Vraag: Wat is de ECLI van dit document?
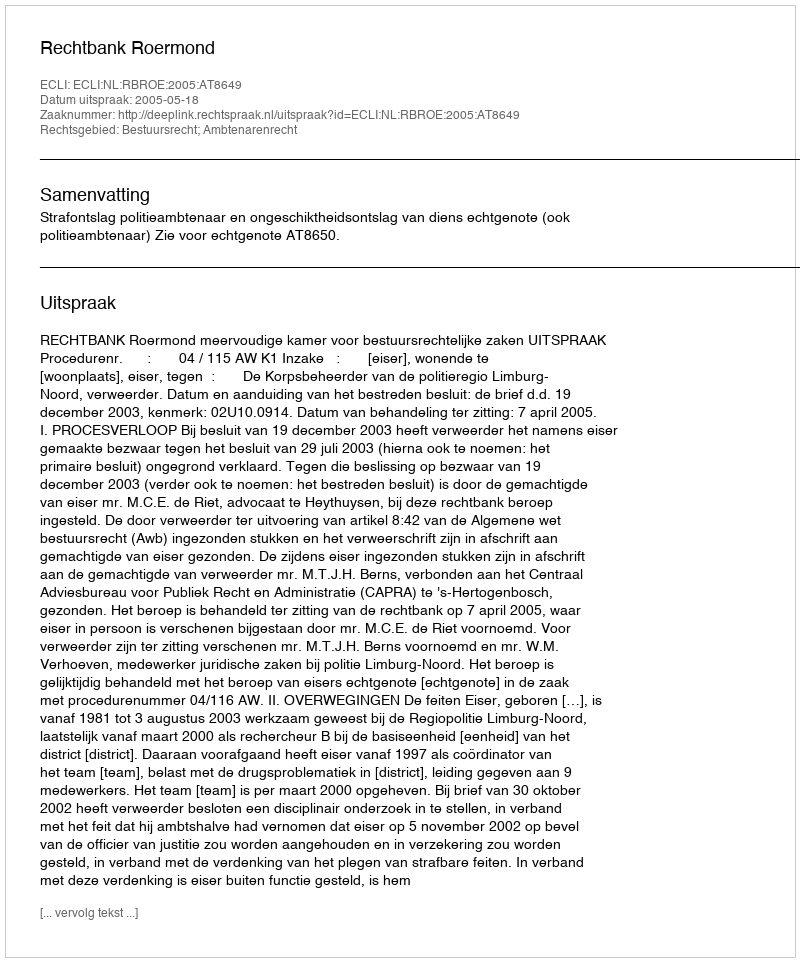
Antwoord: ECLI:NL:RBROE:2005:AT8649